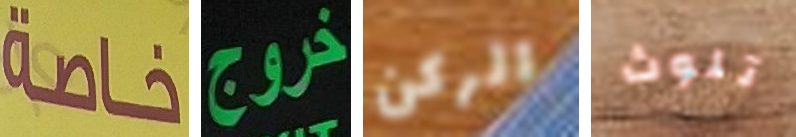
خاصة خروج الركن تلوث